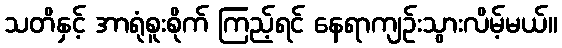
သတိနှင့် အာရုံစူးစိုက် ကြည့်ရင် နေရာကျဉ်းသွားလိမ့်မယ်။